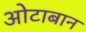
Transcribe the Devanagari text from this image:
ओटाबान